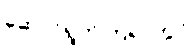
ဆောင်ရွက်ကြရာတွင်